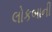
લોકબાની